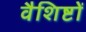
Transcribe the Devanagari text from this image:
वैशिष्टों